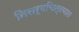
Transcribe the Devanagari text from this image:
निसर्गचित्रणात